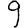
Digit: 9